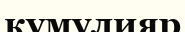
кумулияр